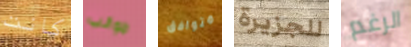
كانت جوانب متوافق للجزيرة الرغم